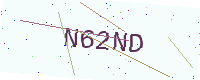
Text: N62ND